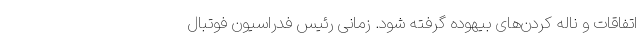
اتفاقات و ناله کردن‌های بیهوده گرفته شود. زمانی رئیس فدراسیون فوتبال